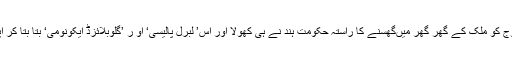
ہچیسن کے بھیس میںچینی فوج کو ملک کے گھر گھر میںگھسنے کا راستہ حکومت ہند نے ہی کھولا اور اس’ لبرل پالیسی‘ او ر ’گلوبلائزڈ ایکونومی‘ بتا بتا کر اپنی پیٹھ خود ہی ٹھوکتی رہی۔